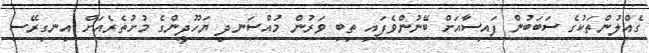
ގެއްލުންތަކުގެ ސަބަބުން ފައިސާއަށް ބޭނުންވެފައި ތިބި ވަރުން މުއްސަނދި ޔަހޫދީންގެ މުށުތެރެއަށް އިނގިރޭސި